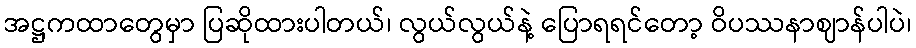
အဋ္ဌကထာတွေမှာ ပြဆိုထားပါတယ်၊ လွယ်လွယ်နဲ့ ပြောရရင်တော့ ဝိပဿနာဈာန်ပါပဲ၊